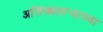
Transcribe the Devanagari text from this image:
अजिंक्यतार्‍याच्या